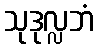
သုဒုလ္လဘံ